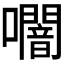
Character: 𭌩